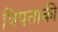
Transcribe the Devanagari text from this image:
त्रिपताकी